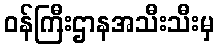
ဝန်ကြီးဌာနအသီးသီးမှ